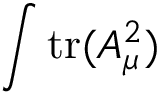
\int \mathrm { t r } ( A _ { \mu } ^ { 2 } )